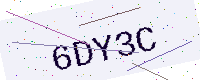
Text: 6DY3C